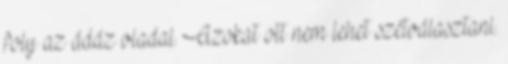
foly az ádáz viadal. Azokat ott nem lehet szétválasztani.